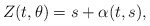
\begin{align*}Z(t, \theta) = s + \alpha(t, s), \end{align*}